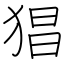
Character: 猖